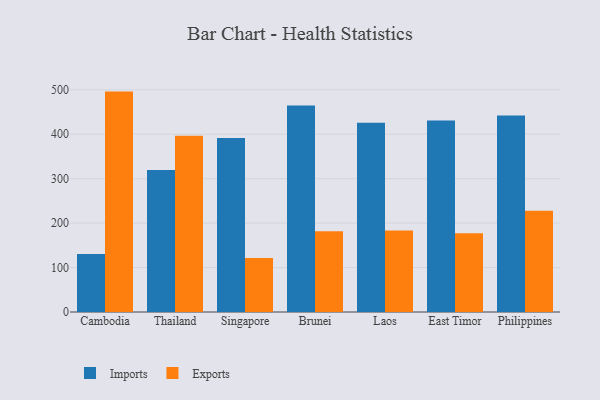
{"axis": {"x": "Country", "y": "Website Visitors"}, "legend": ["Exports", "Imports"], "data": [{"x": "Cambodia", "y": 130.7, "type": "Imports"}, {"x": "Cambodia", "y": 495.9, "type": "Exports"}, {"x": "Thailand", "y": 319.4, "type": "Imports"}, {"x": "Thailand", "y": 396.3, "type": "Exports"}, {"x": "Singapore", "y": 391.7, "type": "Imports"}, {"x": "Singapore", "y": 121.6, "type": "Exports"}, {"x": "Brunei", "y": 464.4, "type": "Imports"}, {"x": "Brunei", "y": 181.8, "type": "Exports"}, {"x": "Laos", "y": 425.8, "type": "Imports"}, {"x": "Laos", "y": 183.3, "type": "Exports"}, {"x": "East Timor", "y": 430.6, "type": "Imports"}, {"x": "East Timor", "y": 177.0, "type": "Exports"}, {"x": "Philippines", "y": 442.4, "type": "Imports"}, {"x": "Philippines", "y": 227.8, "type": "Exports"}]}